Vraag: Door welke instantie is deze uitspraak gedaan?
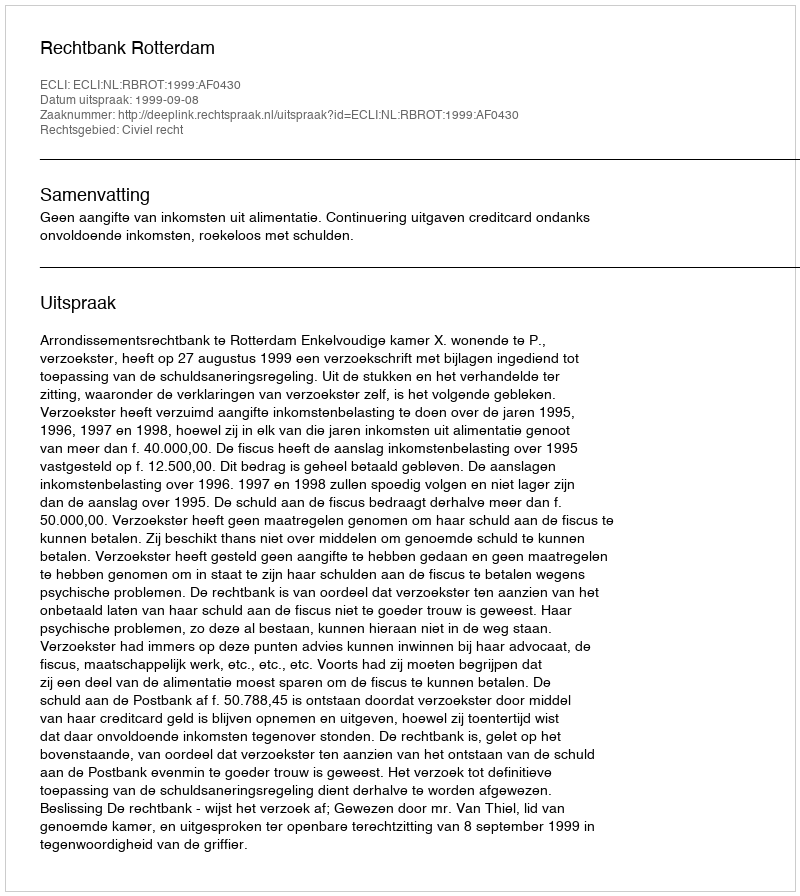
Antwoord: Rechtbank Rotterdam